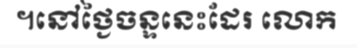
។នៅថ្ងៃចន្ទនេះដែរ លោក